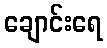
ချောင်းရေ